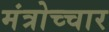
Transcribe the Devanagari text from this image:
मंत्रोच्‍चार